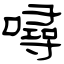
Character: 噚